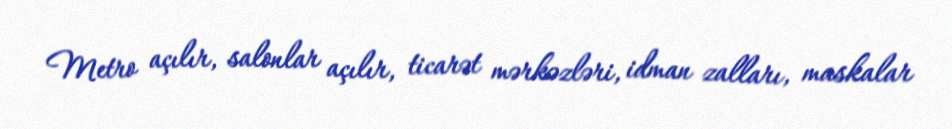
Metro açılır, salonlar açılır, ticarət mərkəzləri, idman zalları, maskalar